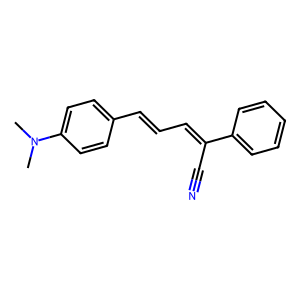
SMILES: CN(C)c1ccc(C=CC=C(C#N)c2ccccc2)cc1
Inhibits HIV replication: No